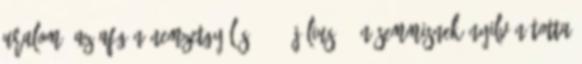
uralom, az afgán nemzetgyűlés 1949. július 3-án semmisnek nyilvánította